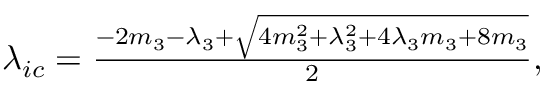
\begin{array} { l l } { \lambda _ { i c } = \frac { - 2 m _ { 3 } - \lambda _ { 3 } + \sqrt { 4 m _ { 3 } ^ { 2 } + \lambda _ { 3 } ^ { 2 } + 4 \lambda _ { 3 } m _ { 3 } + 8 m _ { 3 } } } { 2 } , } \end{array}